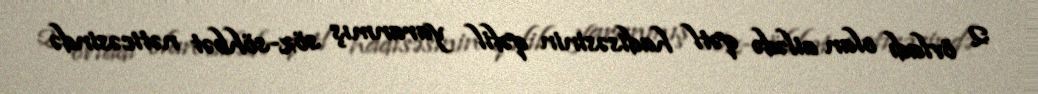
2 övladı olan ailədə qətl hadisəsinin qəfil yaranmış söz-söhbət nəticəsində